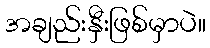
အချည်းနှီးဖြစ်မှာပဲ။